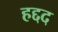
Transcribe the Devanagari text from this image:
हद्दद